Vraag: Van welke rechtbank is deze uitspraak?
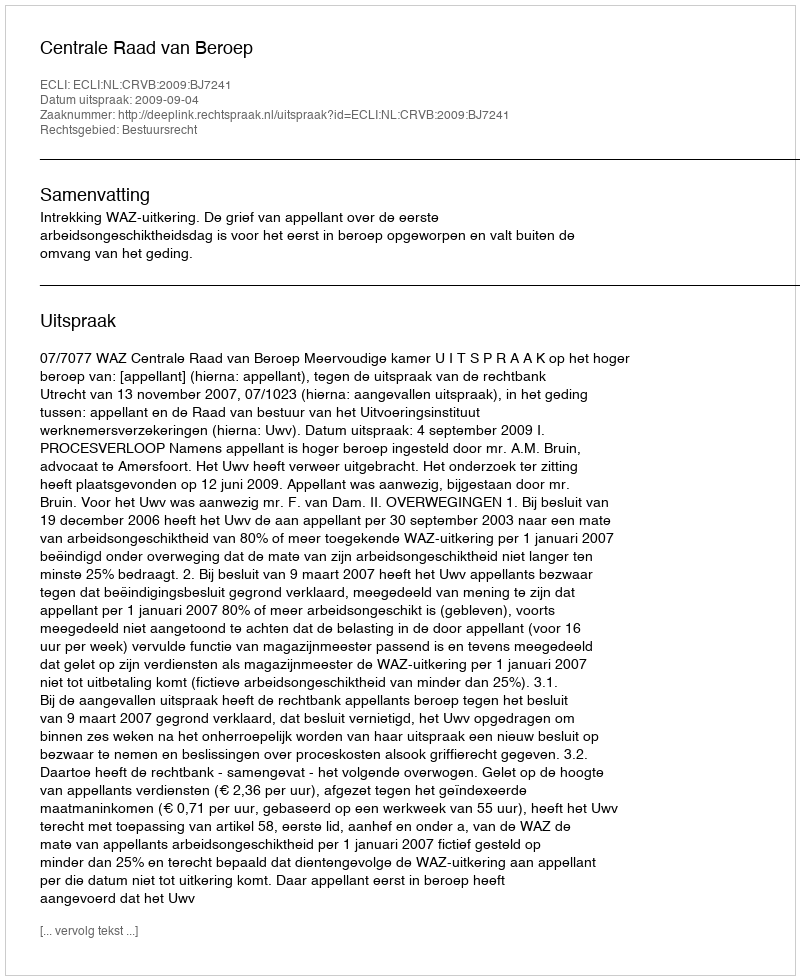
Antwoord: Centrale Raad van Beroep